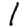
Digit: 1